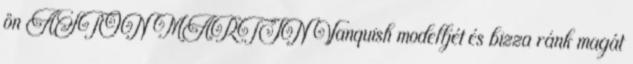
ön ASTON MARTIN Vanquish modelljét és bizza ránk magát